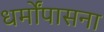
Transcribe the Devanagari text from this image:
धर्मोंपासना